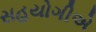
સહયોગીએ